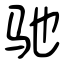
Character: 驰